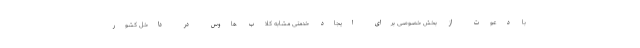
با دعوت از بخش خصوصی برای ایجاد خدمتی مشابه کلاب هاوس در داخل کشور